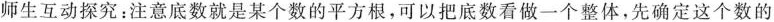
师生互动探究：注意底数就是某个数的平方根，可以把底数看做一个整体，先确定这个数的